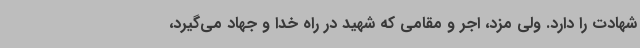
شهادت را دارد. ولی مزد، اجر و مقامی که شهید در راه خدا و جهاد می‌گیرد،